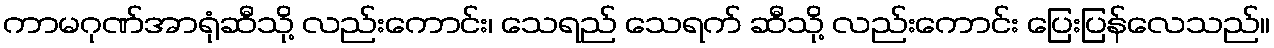
ကာမဂုဏ်အာရုံဆီသို့ လည်းကောင်း၊ သေရည် သေရက် ဆီသို့ လည်းကောင်း ပြေးပြန်လေသည်။